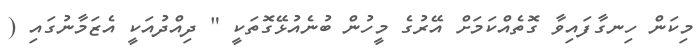
މިކަން ހިނގާފައިވާ ގޮތެއްކަމަށް އޭރުގެ މީހުން ބުނެއުޅޭގޮތަކީ " ދިއްދުއަކީ އެޒަމާނުގައި (